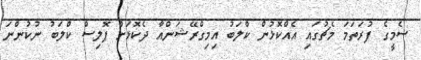
ސެމީގެ ފުރަތަމަ މެޗުގައި އެއްކޮޅުން ކްލަބު އިމިގްރޭޝަންއާ ދެކޮޅަށް ޕޮލިސް ކްލަބު ނުކުންނަ